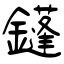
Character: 鑝